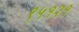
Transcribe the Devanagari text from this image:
९५१२१